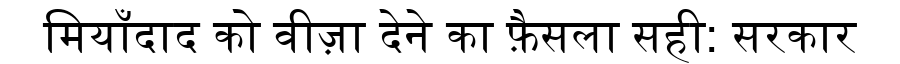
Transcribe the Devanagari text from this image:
मियाँदाद को वीज़ा देने का फ़ैसला सही: सरकार